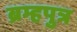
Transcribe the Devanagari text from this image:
ब्रम्हपुत्र